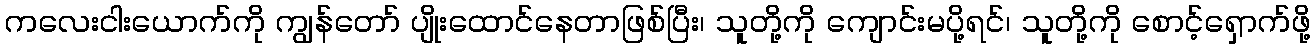
ကလေးငါးယောက်ကို ကျွန်တော် ပျိုးထောင်နေတာဖြစ်ပြီး၊ သူတို့ကို ကျောင်းမပို့ရင်၊ သူတို့ကို စောင့်ရှောက်ဖို့